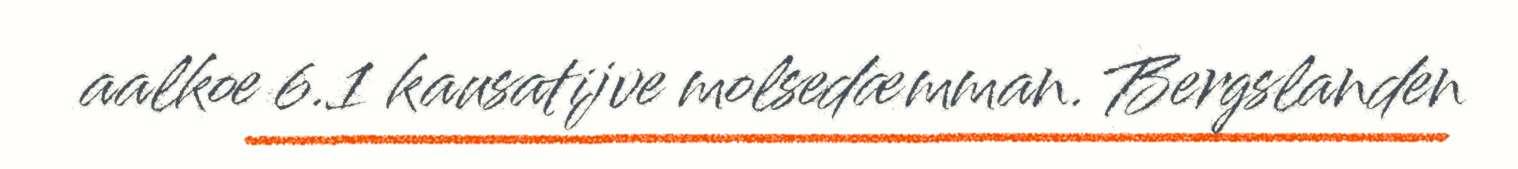
aalkoe 6.1 kausatijve molsedæmman. Bergslanden